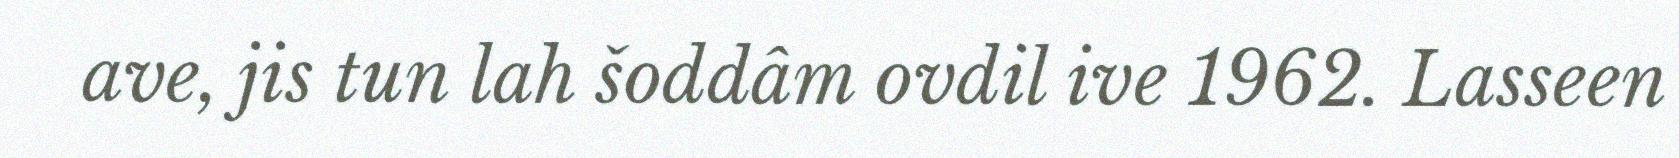
ave, jis tun lah šoddâm ovdil ive 1962. Lasseen